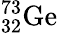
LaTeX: ^{73}_{32}\mathrm{Ge}